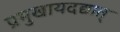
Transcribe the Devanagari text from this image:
प्रमुखायदद्यात्